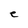
Character: e